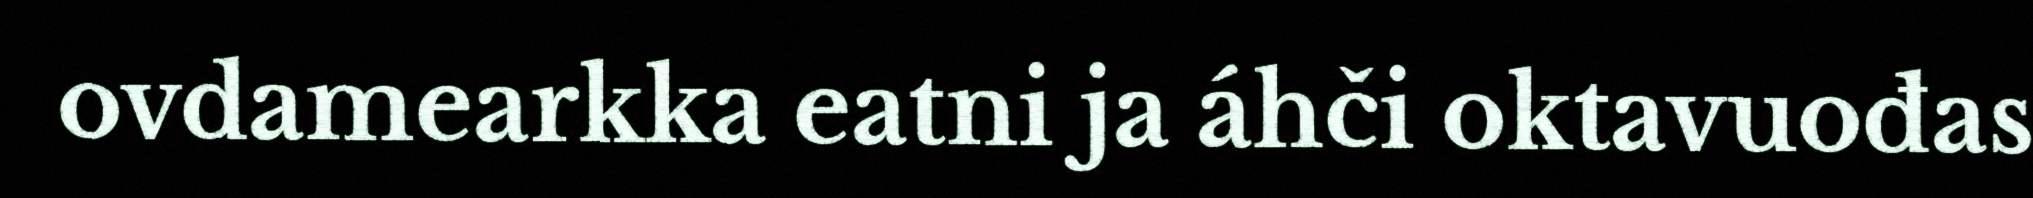
ovdamearkka eatni ja áhči oktavuođas